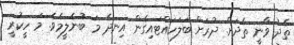
ތެދު ވާނީ ތެދަށް. ދުރަށް ބަލަހައްޓައިގެން އިނދެ މަ ބުނެލީމެވެ. މަ ހީކުރީ